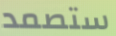
ستصمد